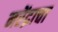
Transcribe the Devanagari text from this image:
नरेंद्राचा